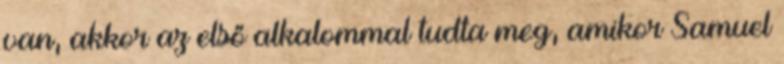
van, akkor az első alkalommal tudta meg, amikor Samuel